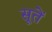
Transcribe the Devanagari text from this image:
सूतें